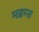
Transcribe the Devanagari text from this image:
मड़ग्ल